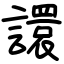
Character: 譞